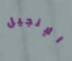
الإنجيل